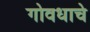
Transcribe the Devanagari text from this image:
गोवधाचे